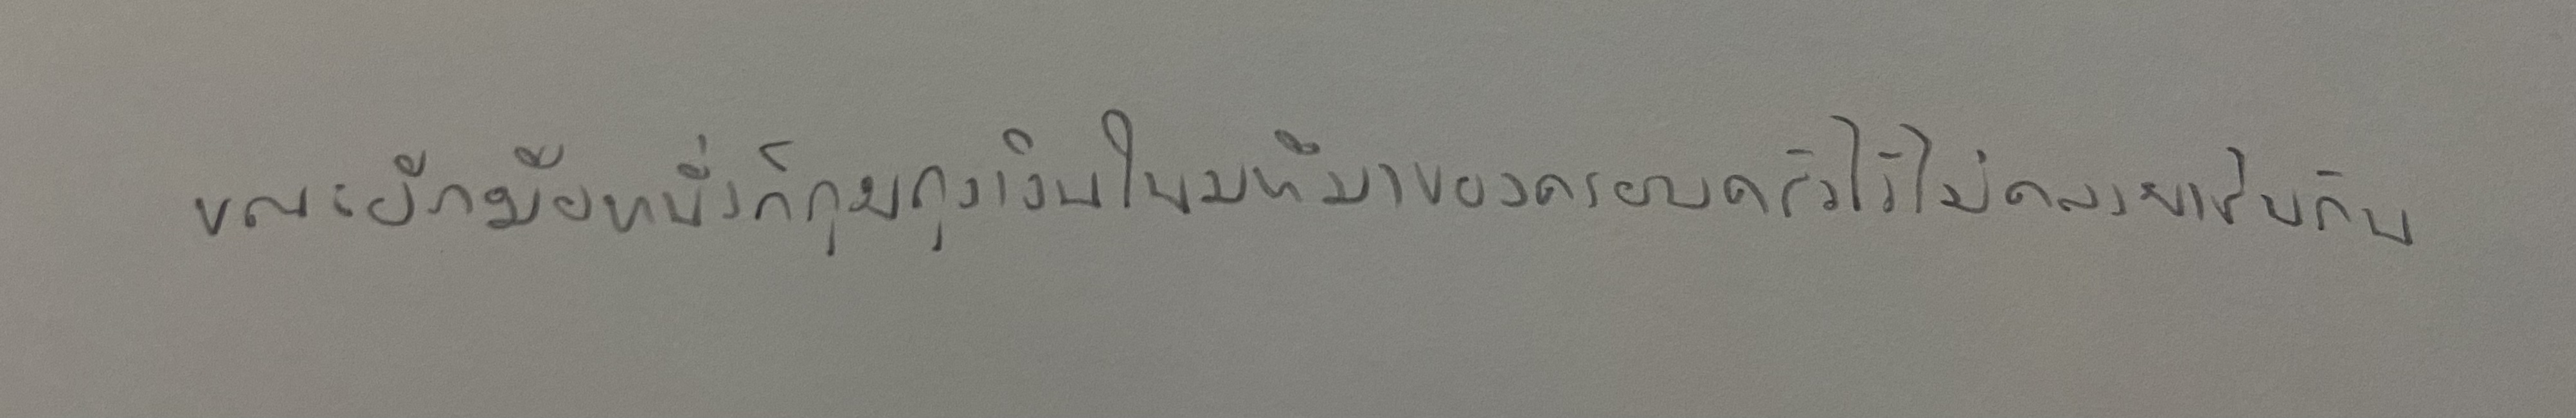
ขณะอีกมือหนึ่งก็กุมถุงเงินใบมหึมาของครอบครัวไว้ไม่คลายเช่นกัน